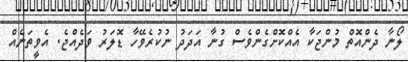
ލޯނާ ދެންއޮތް މުންޖަކާ އެއްކޮށްގެންވެސް ގުނާ އަދަދު ނުކުރެވޭހާ ޑޮލަރު ވަދެއްޖެ. އެވީތަނެއް